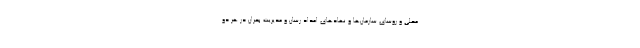
محلی و روسای سازمان‌ها و نهادهای امداد رسان و مدیریت بحران در هر دو